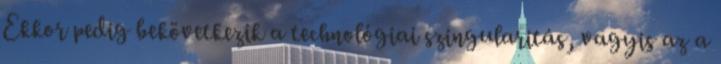
Ekkor pedig bekövetkezik a technológiai szingularitás, vagyis az a